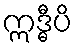
ဣဒ္ဓီပိ